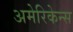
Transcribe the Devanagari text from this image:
अमेरिकेन्स